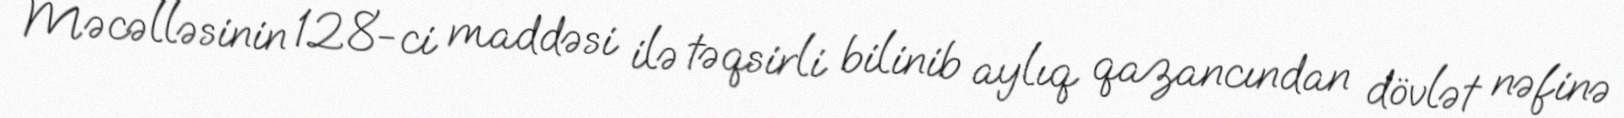
Məcəlləsinin 128-ci maddəsi ilə təqsirli bilinib aylıq qazancından dövlət nəfinə